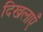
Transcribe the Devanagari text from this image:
दिखलाएँ